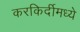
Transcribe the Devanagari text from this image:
करकिर्दीमध्ये